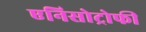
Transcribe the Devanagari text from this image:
एनिसोट्रोफी